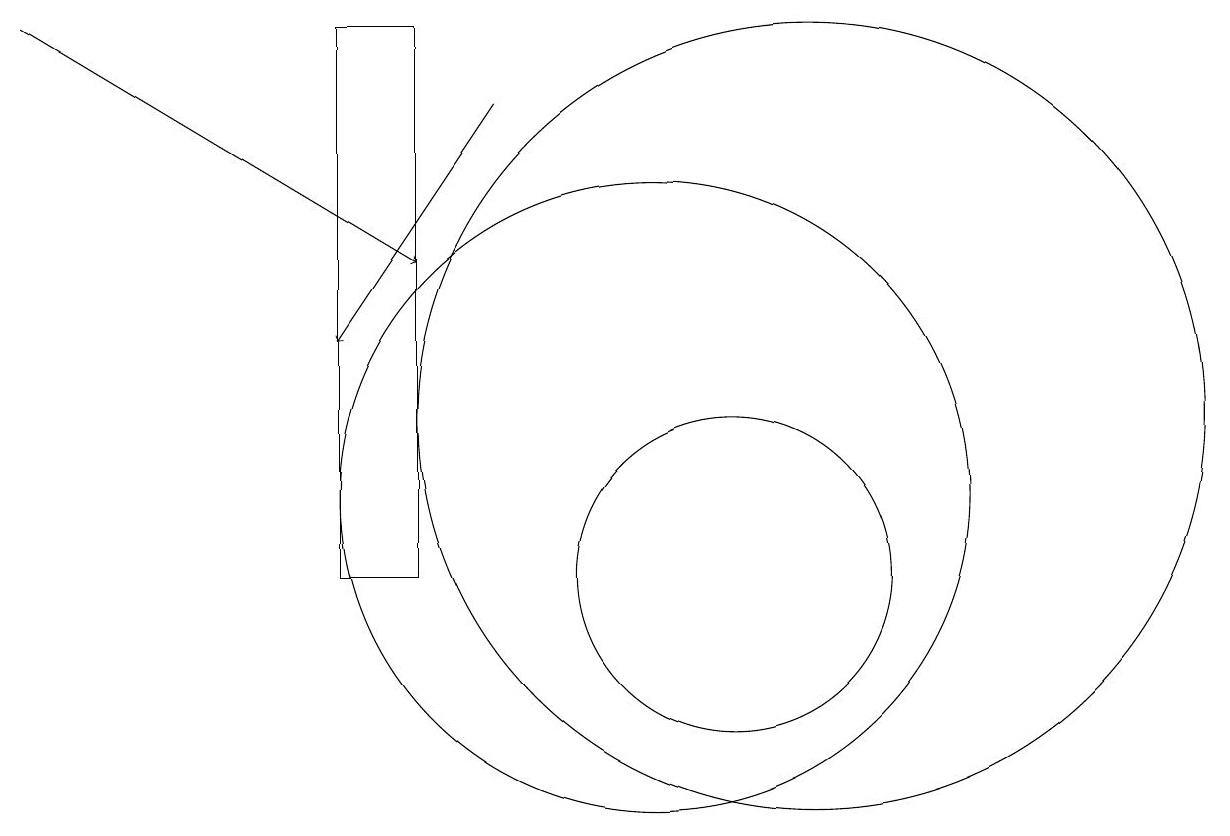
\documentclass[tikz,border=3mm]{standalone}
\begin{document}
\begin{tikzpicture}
\draw[->] (2,17) -- (7,14);
\draw (10,11) circle (4);
\draw (11,10) circle (2);
\draw[->] (8,16) -- (6,13);
\draw (7,10) rectangle (6,17);
\draw (12,12) circle (5);
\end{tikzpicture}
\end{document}